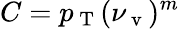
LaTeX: C=p_{\mathrm{~T~}}(\nu_{\mathrm{~v~}})^{m}